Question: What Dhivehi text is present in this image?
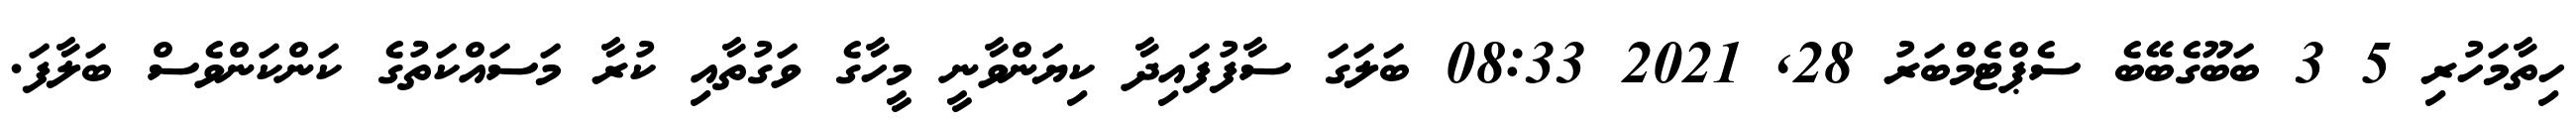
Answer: ހިތާމަހުރި 5 3 ބަބޫގެބޭބެ ސެޕްޓެމްބަރު 28, 2021 08:33 ބަލަގަ ސާފުފައިދާ ކިޔަންވާނީ މީހާގެ ވަގުތާއި ކުރާ މަސައްކަތުގެ ކަންކަންވެސް ބަލާފަ.